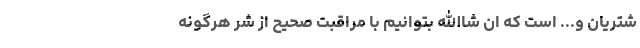
شتریان و... است که ان شاالله بتوانیم با مراقبت صحیح از شر هرگونه